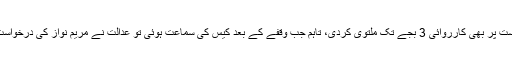
بعد ازاں عدالت نے مریم نواز کی درخواست پر بھی کارروائی 3 بجے تک ملتوی کردی، تاہم جب وقفے کے بعد کیس کی سماعت ہوئی تو عدالت نے مریم نواز کی درخواست پر نیب سے پیر تک جواب طلب کرلیا۔